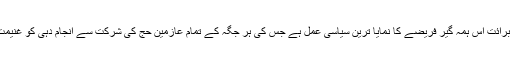
اورمشرکین سے برائت اس ہمہ گیر فریضے کا نمایا ترین سیاسی عمل ہے جس کی ہر جگہ کے تمام عازمین حج کی شرکت سے انجام دہی کو غنیمت سمجھنا چاہئے۔